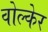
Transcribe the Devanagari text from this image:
वोल्केर